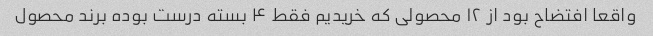
واقعا افتضاح بود از ۱۲ محصولی که خریدیم فقط ۴ بسته درست بوده برند محصول